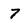
Character: 7